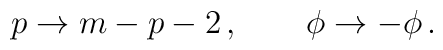
p\to m-p-2\,,\qquad \phi \to -\phi \,.